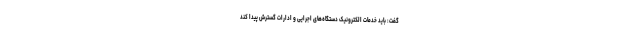
گفت: باید خدمات الکترونیک دستگاه‌های اجرایی و ادارات گسترش پیدا کند